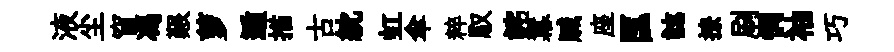
液尘窅馮艱萝遁描古紞虹傘粹馭詫羃贓座匡誌撩刷惘袖巧